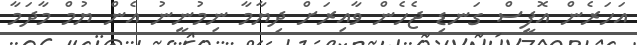
އަހަރެން އޮފީސް ގަނޑި ޖެހެން ވާއިރަށް ދިޔާމާ ނިމުނީނު އެން ޔުމް މާދަމާ